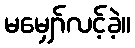
မမျှော်လင့်ခဲ့။